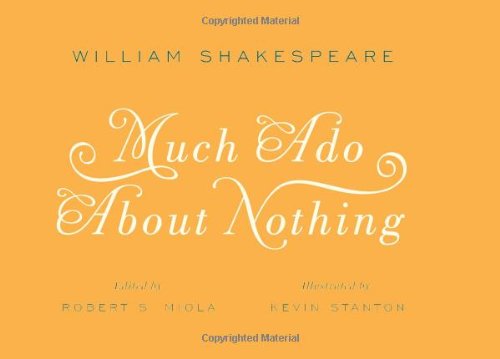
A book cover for Much Ado About Nothing (Signature Shakespeare); William Shakespeare; Literature & Fiction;